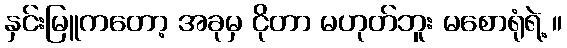
နှင်းမြူကတော့ အခုမှ ငိုတာ မဟုတ်ဘူး မစောရုံရဲ့ ။